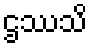
ဌဿသိ